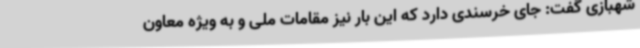
شهبازی گفت: جای خرسندی دارد که این بار نیز مقامات ملی و به ویژه معاون